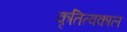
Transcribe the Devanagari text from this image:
कृतित्वकाल